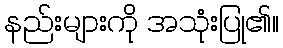
နည်းများကို အသုံးပြု၏။